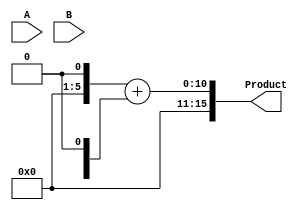
module UnfoldedWallaceTreeMultiplier #(parameter N = 8) (
    input  wire [N-1:0] A,
    input  wire [N-1:0] B,
    output wire [2*N-1:0] Product
);

    // Generate Partial Products
    wire [N-1:0] pp [0:N-1]; // Partial product matrix
    genvar i, j;
    generate
        for (i = 0; i < N; i = i + 1) begin: partial_product_gen
            for (j = 0; j < N; j = j + 1) begin: pp_row
                assign pp[i][j] = A[j] & B[i];
            end
        end
    endgenerate

    // Stage 1: Wallace Tree Reduction
    wire [N+1:0] sum [0:N-1]; // Sums and carries
    wire [N-1:0] carry [0:N-1];

    // Half Adder and Full Adder stages
    generate
        for (i = 0; i < N-1; i = i + 1) begin: reduction_stage
            if (i == 0) begin
                // First stage - Half Adders
                for (j = 0; j < N; j = j + 1) begin: ha
                    if (j < N-1) begin
                        assign sum[i][j] = pp[j][i] ^ pp[j][i+1];
                        assign carry[i][j] = pp[j][i] & pp[j][i+1];
                    end
                end
            end else begin
                // Subsequent stages - Full Adders
                for (j = 0; j < N; j = j + 1) begin: fa
                    if (j < N-1) begin
                        assign sum[i][j] = pp[j][i] ^ carry[i-1][j] ^ sum[i-1][j];
                        assign carry[i][j] = (pp[j][i] & carry[i-1][j]) | (sum[i-1][j] & pp[j][i]);
                    end
                end
            end
        end
    endgenerate

    // Final Addition
    wire [2*N-1:0] final_sum;
    wire [2*N-1:0] final_carry;

    assign final_sum = {1'b0, sum[N-1]} + {carry[N-1], 1'b0};

    // Output the final product
    assign Product = final_sum;

endmodule